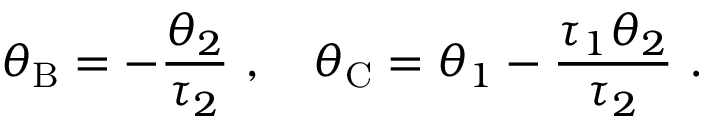
\theta _ { \mathrm { B } } = - \frac { \theta _ { 2 } } { \tau _ { 2 } } \ , \quad \theta _ { \mathrm { C } } = \theta _ { 1 } - \frac { \tau _ { 1 } \theta _ { 2 } } { \tau _ { 2 } } \ .